Vaccine operations Central Provinces 1868-1885 - 1868-1885
Year: 1868
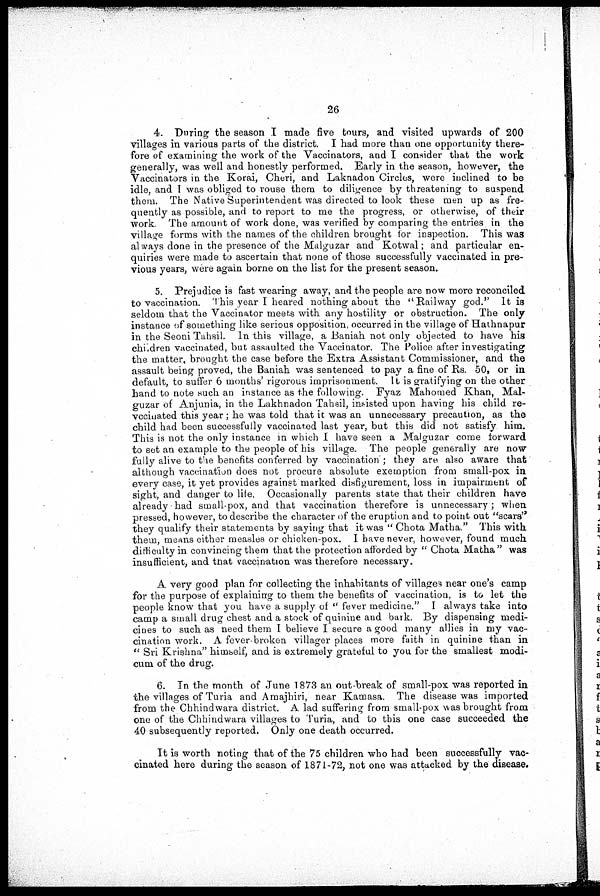
26
4. During the season I made five tours, and visited upwards of 200
villages in various parts of the district. I had more than one opportunity there-
fore of examining the work of the Vaccinators, and I consider that the work
generally, was well and honestly performed. Early in the season, however, the
Vaccinators in the Korai, Cheri, and Laknadon Circles, were inclined to be
idle, and I was obliged to rouse them to diligence by threatening to suspend
them. The Native Superintendent was directed to look these men up as fre-
quently as possible, and to report to me the progress, or otherwise, of their
work The amount of work done, was verified by comparing the entries in the
village forms with the names of the children brought for inspection. This was
always done in the presence of the Malguzar and Kotwal; and particular en-
quiries were made to ascertain that none of those successfully vaccinated in pre-
vious years, were again borne on the list for the present season.
5. Prejudice is fast wearing away, and the people are now more reconciled
to vaccination. This year I heared nothing about the "Railway god.'' It is
seldom that the Vaccinator meets with any hostility or obstruction. The only
instance of something like serious opposition, occurred in the village of Hathnapur
in the Seoni Tahsil, In this village, a Baniah not only objected to have his
children vaccinated, but assaulted the Vaccinator. The Police after investigating
the matter, brought the case before the Extra Assistant Commissioner, and the
assault being proved, the Baniah was sentenced to pay a fine of Rs. 50, or in
default, to suffer 6 months' rigorous imprisonment. It is gratifying on the other
hand to note such an instance as the following. Fyaz Mahomed Khan, Mal-
guzar of Anjunia, in the Lakhnadon Tahsil, insisted upon having his child re-
vccinated this year; he was told that it was an unnecessary precaution, as the
child had been successfully vaccinated last year, but this did not satisfy him.
This is not the only instance in which I have seen a Malguzar come forward
to set an example to the people of his village. The people generally are now
fully alive to the benefits conferred by vaccination ; they are also aware that
although vaccination does not procure absolute exemption from small-pox in
every case, it yet provides against marked disfigurement, loss in impairment of
sight, and danger to life. Occasionally parents state that their children have
already had small-pox, and that vaccination therefore is unnecessary ; when
pressed, however, to describe the character of the eruption and to point out "scars"
they qualify their statements by saying that it was " Chota Matha." This with
them, means either measles or chicken-pox. I have never, however, found much
difficulty in convincing them that the protection afforded by " Chota Matha" was
insufficient, and that vaccination was therefore necessary.
A very good plan for collecting the inhabitants of villages near one's camp
for the purpose of explaining to them the benefits of vaccination, is to let the
people know that you have a supply of " fever medicine." I always take into
camp a small drug chest and a stock of quinine and bark. By dispensing medi-
cines to such as need them I believe I secure a good many allies in my vac-
cination work. A fever-broken villager places more faith in quinine than in
" Sri Krishna" himself, and is extremely grateful to you for the smallest modi-
cum of the drug.
6. In the month of June 1873 an out-break of small-pox was reported in
the villages of Turia and Amajhiri, near Kamasa. The disease was imported
from the Chhindwara district. A lad suffering from small-pox was brought from
one of the Chhindwara villages to Turia, and to this one case succeeded the
40 subsequently reported. Only one death occurred.
It is worth noting that of the 75 children who had been successfully vac-
cinated here during the season of 1871-72, not one was attacked by the disease.